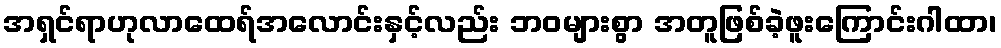
အရှင်ရာဟုလာထေရ်အလောင်းနှင့်လည်း ဘဝများစွာ အတူဖြစ်ခဲ့ဖူးကြောင်းဂါထာ၊